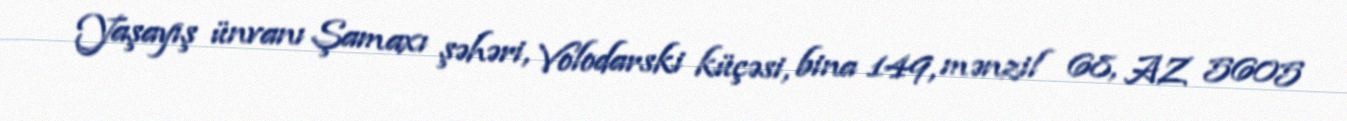
Yaşayış ünvanı Şamaxı şəhəri, Volodarski küçəsi, bina 149, mənzil 68, AZ 5605